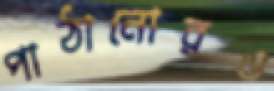
পাঠানোরও